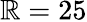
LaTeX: \mathbb{R}=25